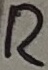
Text: R